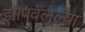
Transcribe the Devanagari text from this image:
झोपवलेल्या